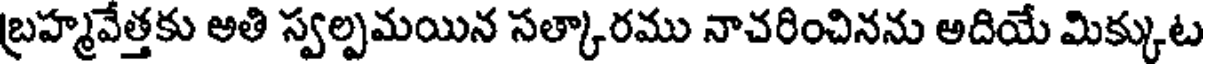
బ్రహ్మవేత్తకు అతి స్వల్పమయిన సత్కారము నాచరించినను అదియే మిక్కుట